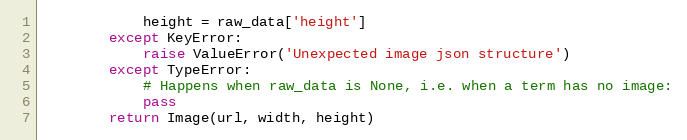
Language: Python
            height = raw_data['height']
        except KeyError:
            raise ValueError('Unexpected image json structure')
        except TypeError:
            # Happens when raw_data is None, i.e. when a term has no image:
            pass
        return Image(url, width, height)